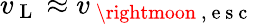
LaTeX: v_{\mathrm{~L~}}\approx v_{\mathrm{~\rightmoon~,~e~s~c~}}